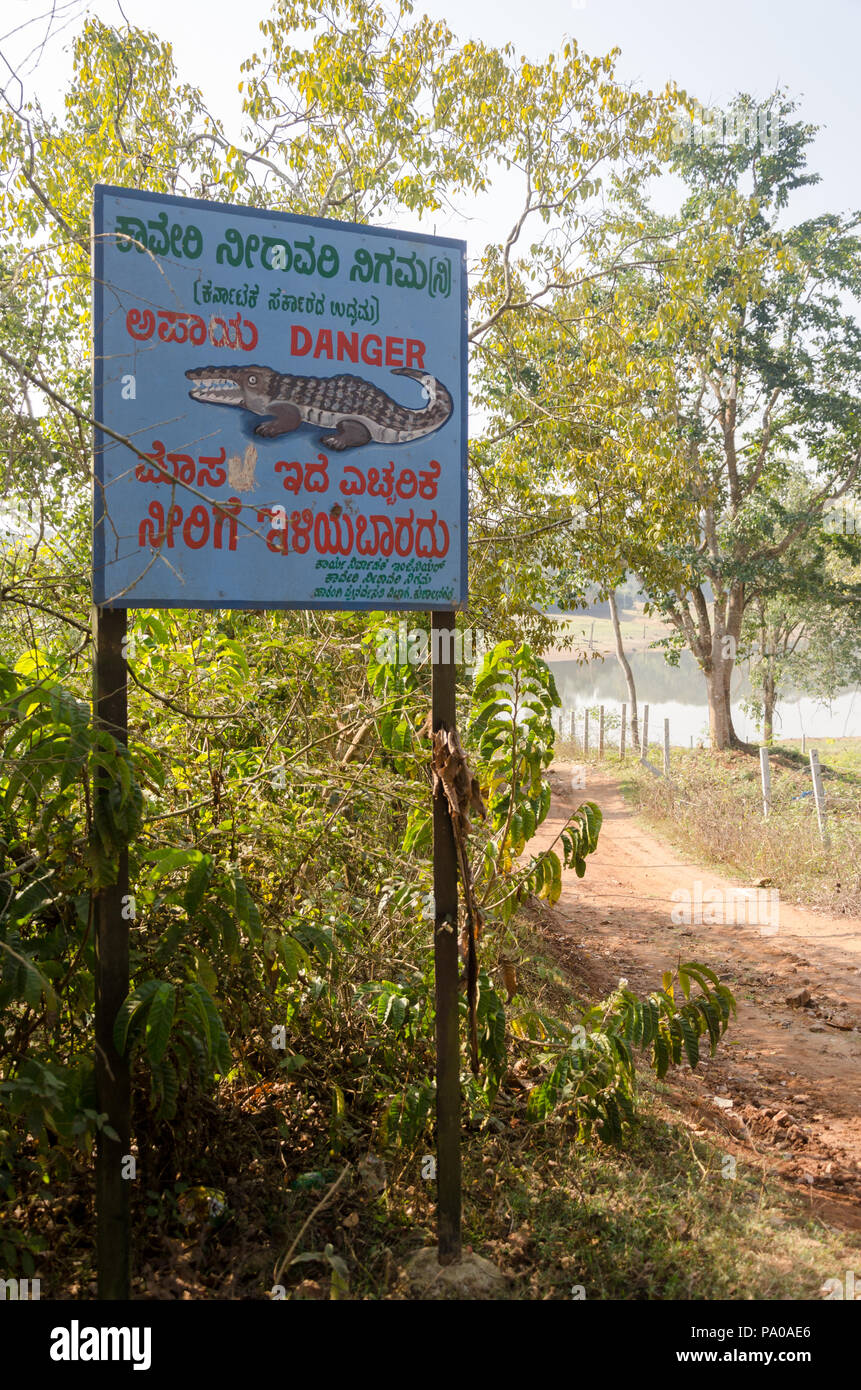
Language: kannada
Transcription: ಉದ್ಯಮ ನೀರಾವರಿ ಕರ್ನಾಟಕ ಸರ್ಕಾರದ ಅಪಾಯ ನಿಗಮ(ನಿ) ಎಚ್ಚರಿಕೆ ಇದೆ ಮಾಸ ನೀರಿಗೆ ಕಾವೇರಿ